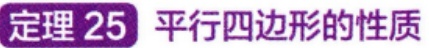
定理 25 平行四边形的性质